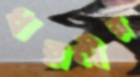
ধরনীর